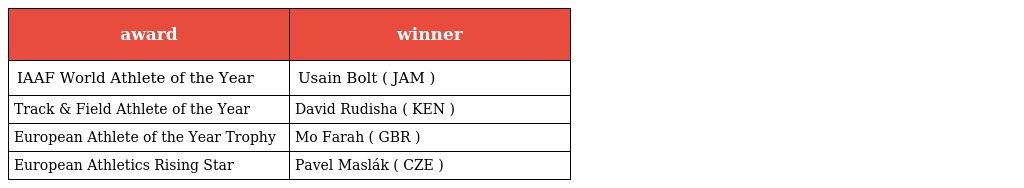
| award | winner |
 | --- | --- |
 | IAAF World Athlete of the Year | Usain Bolt ( JAM ) |
 | Track & Field Athlete of the Year | David Rudisha ( KEN ) |
 | European Athlete of the Year Trophy | Mo Farah ( GBR ) |
 | European Athletics Rising Star | Pavel Maslák ( CZE ) |